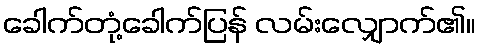
ခေါက်တုံ့ခေါက်ပြန် လမ်းလျှောက်၏။